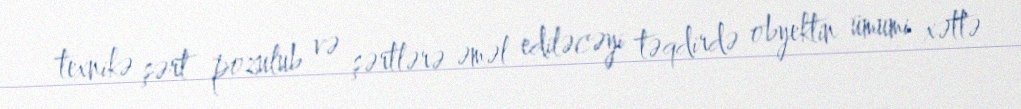
texnikə şərt pozulub və şərtlərə əməl ediləcəyi təqdirdə obyektin ümumi xəttə